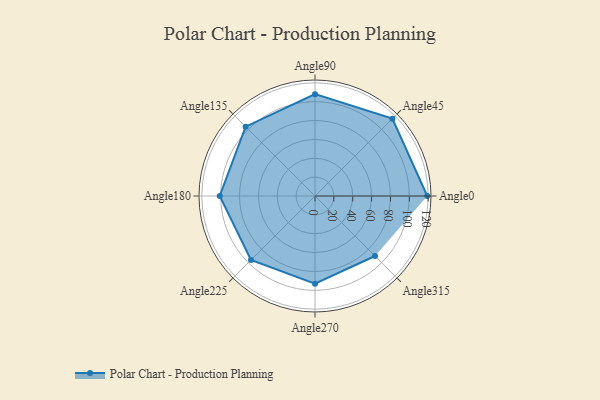
{"axis": {"x": "Angle", "y": "Radius"}, "legend": [""], "data": [{"x": "Angle0", "y": 119.0, "type": ""}, {"x": "Angle45", "y": 116.0, "type": ""}, {"x": "Angle90", "y": 108.0, "type": ""}, {"x": "Angle135", "y": 104.0, "type": ""}, {"x": "Angle180", "y": 101.0, "type": ""}, {"x": "Angle225", "y": 96.0, "type": ""}, {"x": "Angle270", "y": 93.0, "type": ""}, {"x": "Angle315", "y": 90.0, "type": ""}]}